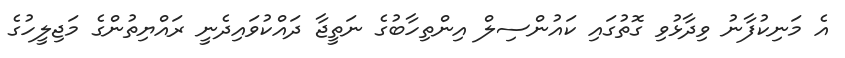
އެ މަނިކުފާނު ވިދާޅުވި ގޮތުގައި ކައުންސިލް އިންތިހާބުގެ ނަތީޖާ ދައްކުވައިދެނީ ރައްޔިތުންގެ މަޖިލީހުގެ